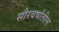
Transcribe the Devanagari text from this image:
सौरवर्षांतील